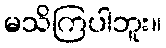
မသိကြပါဘူး။